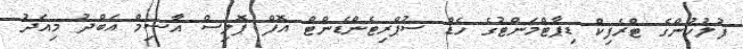
ފުލުހުންގެ ޓްރެފިކް ޑިޕާޓްމަންޓުގެ ހެޑް ސުޕްރިޓެންޑެންޓް އޮފް ޕޮލިސް އާސިމް އަބްދު މިއަދު